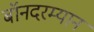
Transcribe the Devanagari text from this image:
बॉनदरम्यान